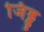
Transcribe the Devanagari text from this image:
जिड्डु